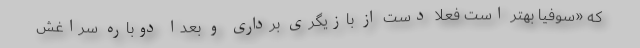
که «سوفیا بهتر است فعلا دست از بازیگری برداری و بعدا دوباره سراغش